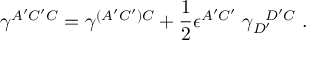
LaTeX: \gamma ^ { A ^ { \prime } C ^ { \prime } C } = \gamma ^ { ( A ^ { \prime } C ^ { \prime } ) C } + { \frac { 1 } { 2 } } \epsilon ^ { A ^ { \prime } C ^ { \prime } } \; \gamma _ { D ^ { \prime } } ^ { \; \; \; D ^ { \prime } C } \; .